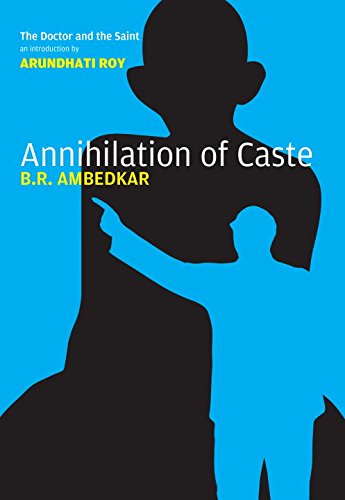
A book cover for Annihilation of Caste: The Annotated Critical Edition; B.R. Ambedkar; History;